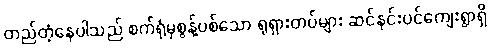
တည်တံ့နေပါသည် စက်ရုံမှစွန့်ပစ်သော ရုရှားတပ်များ ဆင်နင်းပင်ကျေးရွာရှိ